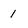
Character: 1